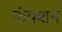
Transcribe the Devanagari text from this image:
फंक्‍शन